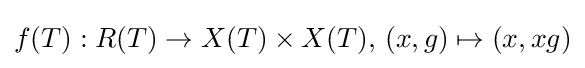
f(T):R(T)\to X(T)\times X(T),\,(x,g)\mapsto (x,xg)